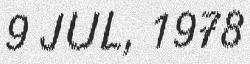
9 JUL, 1978